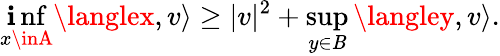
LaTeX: \operatorname*{\mathbf{i}nf}_{x\inA}\langlex,v\rangle\geq|v|^{2}+\operatorname*{sup}_{y\in\mathit{B}}\langley,v\rangle.